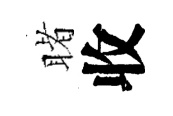
睹收